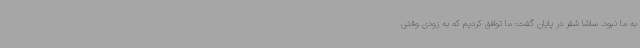
به ما نبود. ساشا شفر در پایان گفت: ما توافق کردیم که به زودی وقتی